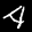
Label: 4